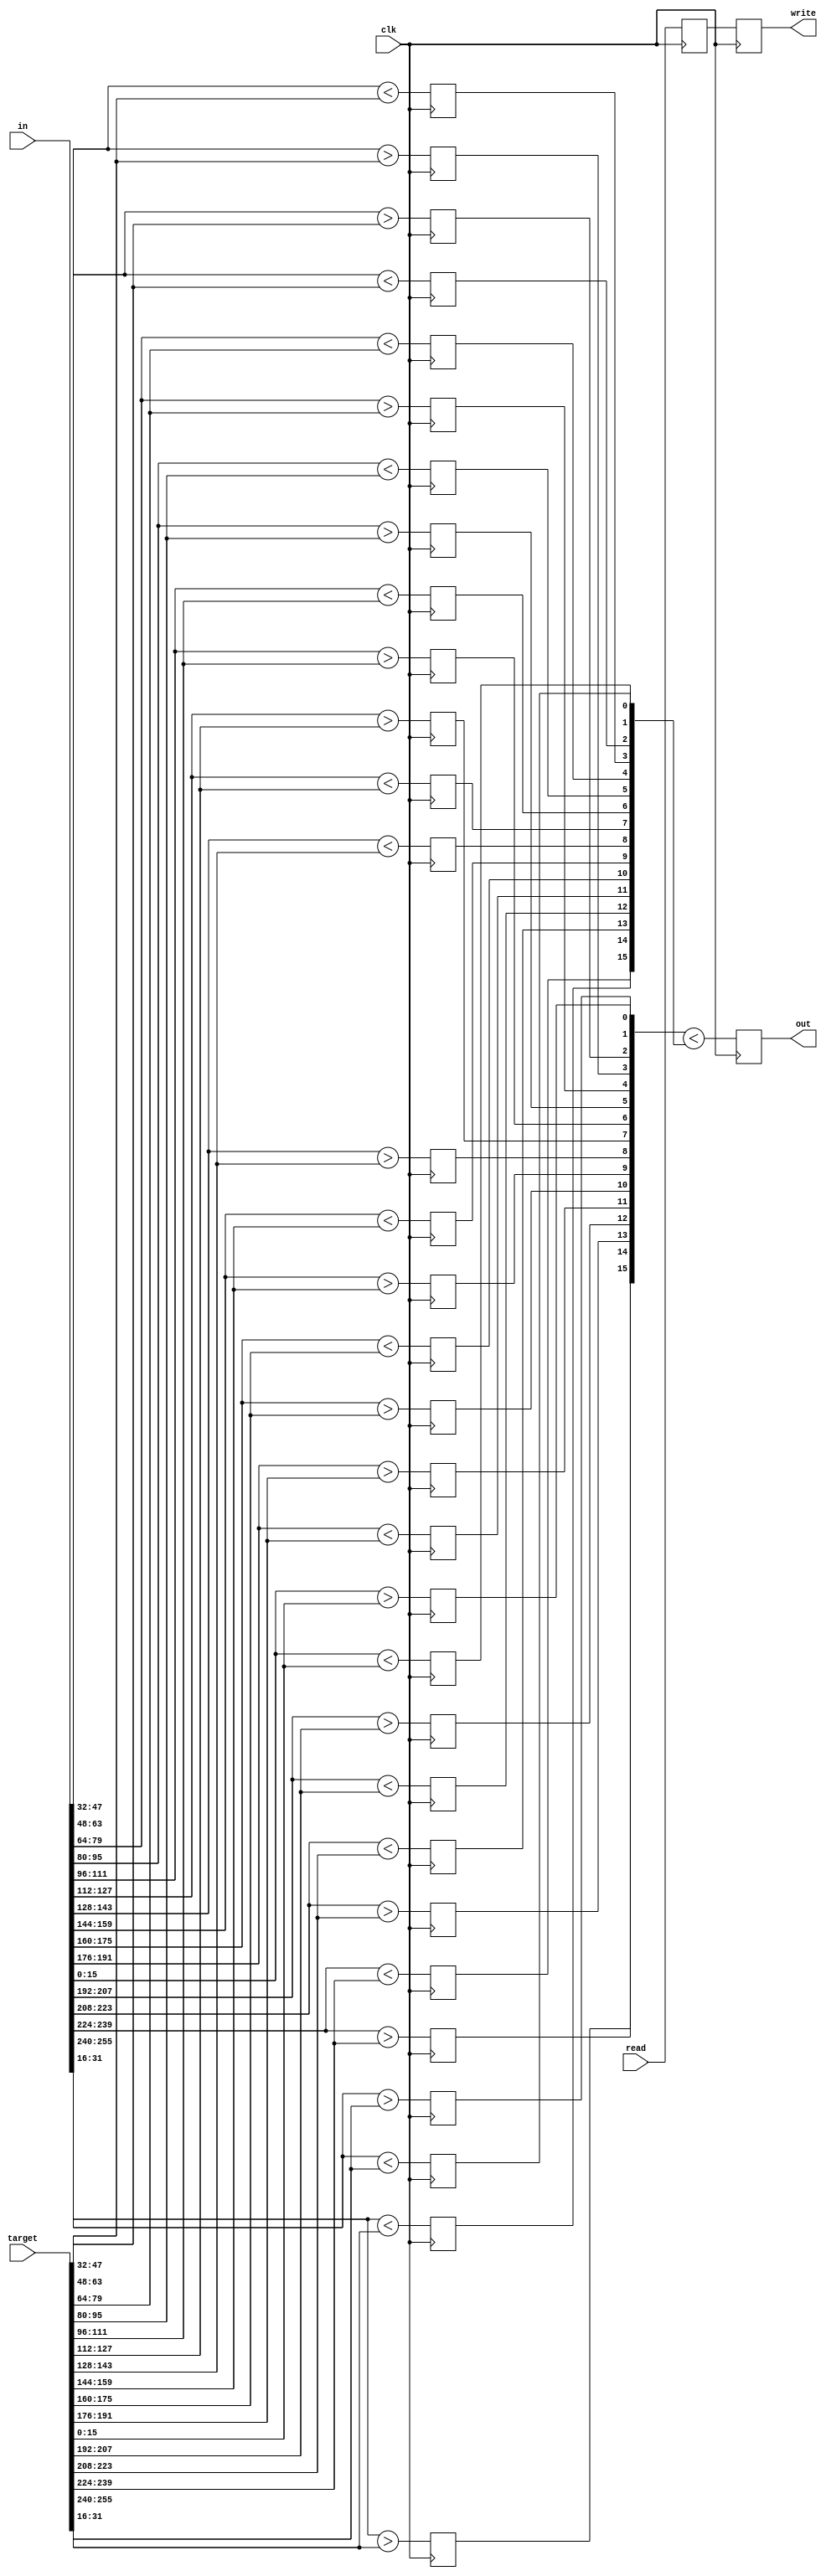
//miner.v

module cmp_256(clk, in, read, target, out, write);
    input clk;
    input [255:0] in;
    input read;
    input [255:0] target;
    output reg out;
    output reg write;
    
    reg [15:0] greater, less;
    reg progress;
    initial progress = 0;
    initial write = 0;
    
    genvar i;
    generate
    for (i = 0; i < 16; i = i+1)
    begin : loop
        always @(posedge clk)
        begin
            greater[i] <= (in[16*i+15:16*i] > target[16*i+15:16*i]);
            less[i] <= (in[16*i+15:16*i] < target[16*i+15:16*i]);
        end
    end
    endgenerate
    
    always @(posedge clk)
    begin
        out <= (greater < less);
        progress <= read;
        write <= progress;
    end
endmodule